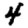
Digit: 4